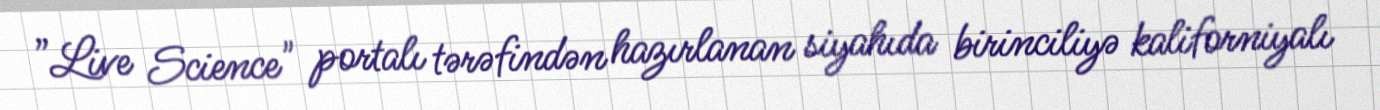
”Live Science" portalı tərəfindən hazırlanan siyahıda birinciliyə kaliforniyalı